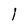
Character: 1